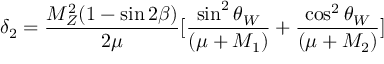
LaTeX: \delta _ { 2 } = \frac { M _ { Z } ^ { 2 } ( 1 - \sin 2 \beta ) } { 2 \mu } \lbrack \frac { \sin ^ { 2 } \theta _ { W } } { ( \mu + M _ { 1 } ) } + \frac { \cos ^ { 2 } \theta _ { W } } { ( \mu + M _ { 2 } ) } \rbrack